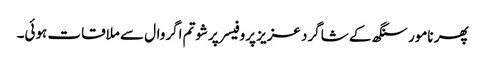
پھر نامور سنگھ کے شاگرد عزیز پروفیسر پرشوتم اگروال سے ملاقات ہوئی۔